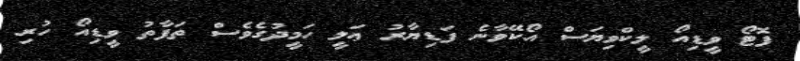
ފޮޓޯ ވީޑިއޯ ލީކްވިޔަސް އޯކޭވާނެ ފަޑިޔާރު ޢަލީ ހަމީދުގެވެސް ތަފާތު ވީޑިއޯ ހުރި